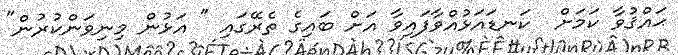
ޙައްޤުވާ ކަމަށް  ކަނޑައަޅުއްވާފައިވާ އަށް ބައިގެ ތެރޭގައި " އަޅުން މިނިވަންކުރުން"